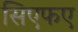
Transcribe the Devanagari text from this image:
सिएफए